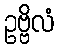
ဥဗ္ဗိလံ